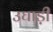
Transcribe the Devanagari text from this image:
उघाड़ी